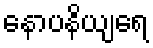
နောပနိယျရေ